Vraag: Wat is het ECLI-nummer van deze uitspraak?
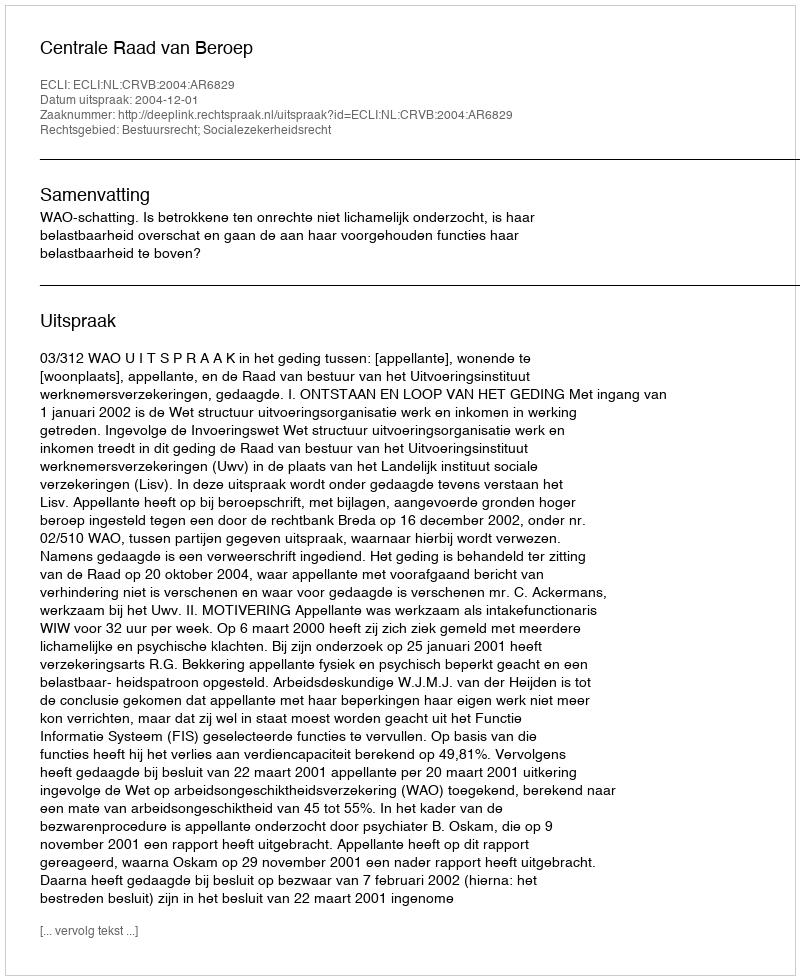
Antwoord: ECLI:NL:CRVB:2004:AR6829